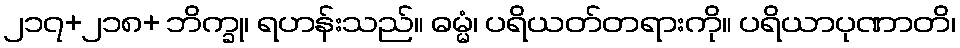
၂၁၇+၂၁၈+ ဘိက္ခု၊ ရဟန်းသည်။ ဓမ္မံ၊ ပရိယတ်တရားကို။ ပရိယာပုဏာတိ၊